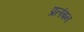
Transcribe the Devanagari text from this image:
प्रलंबन